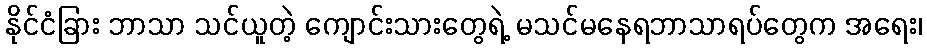
နိုင်ငံခြား ဘာသာ သင်ယူတဲ့ ကျောင်းသားတွေရဲ့ မသင်မနေရဘာသာရပ်တွေက အရေး၊